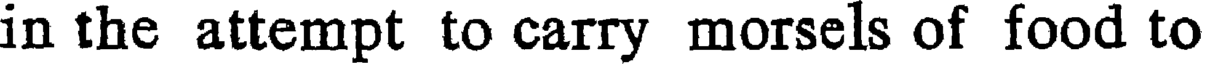
in the attempt to carry morsels of food to